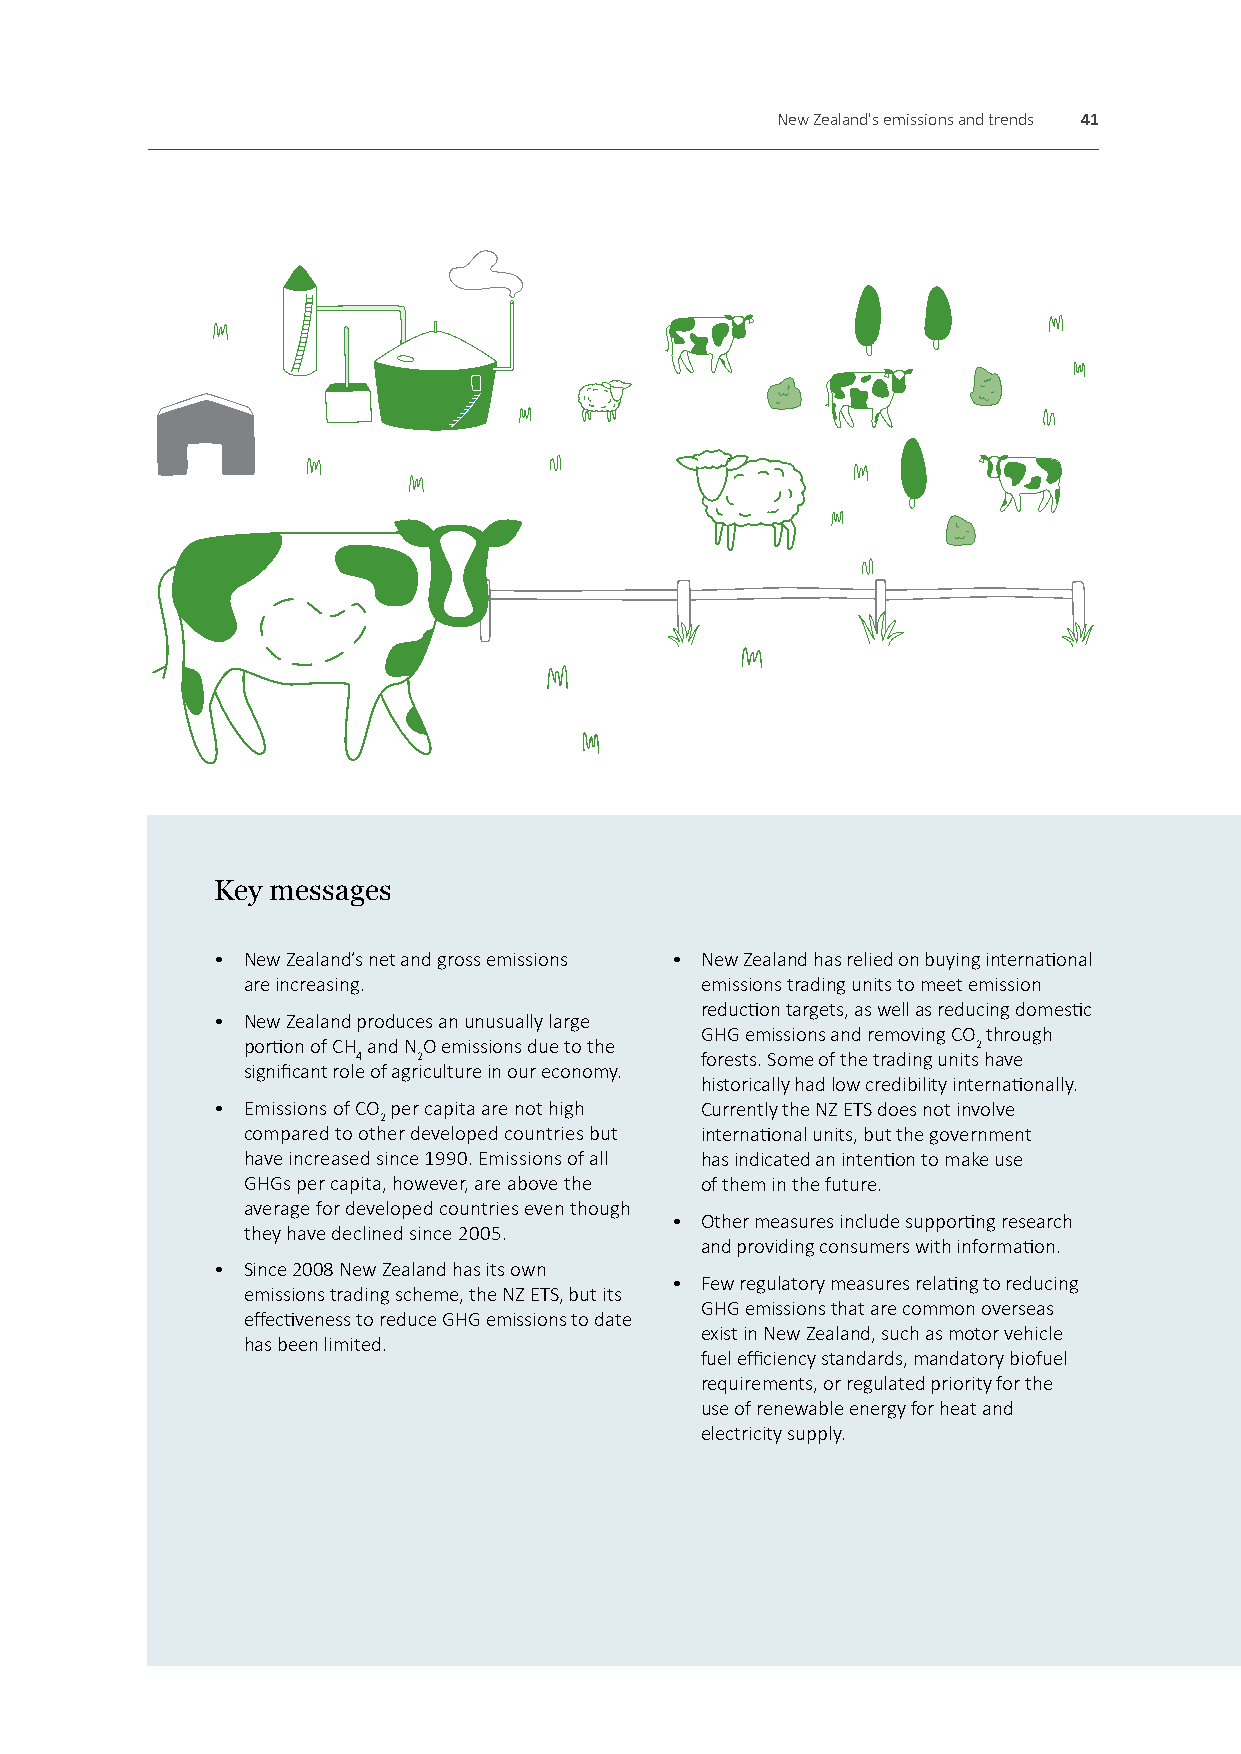
New Zealand's emissions and trends 41
 Key messages
 • New Zealand’s net and gross emissions • New Zealand has relied on buying international
 are increasing.               emissions trading units to meet emission
 reduction targets, as well as reducing domestic
 • New Zealand produces an unusually large
 GHG emissions and removing CO through
 portion of CH and NO emissions due to the        2
 4   2                 forests. Some of the trading units have
 significant role of agriculture in our economy.
 historically had low credibility internationally.
 • Emissions of CO per capita are not high Currently the NZ ETS does not involve
 2
 compared to other developed countries but international units, but the government
 have increased since 1990. Emissions of all has indicated an intention to make use
 GHGs per capita, however, are above the of them in the future.
 average for developed countries even though
 • Other measures include supporting research
 they have declined since 2005.
 and providing consumers with information.
 • Since 2008 New Zealand has its own
 • Few regulatory measures relating to reducing
 emissions trading scheme, the NZ ETS, but its
 GHG emissions that are common overseas
 effectiveness to reduce GHG emissions to date
 exist in New Zealand, such as motor vehicle
 has been limited.
 fuel efficiency standards, mandatory biofuel
 requirements, or regulated priority for the
 use of renewable energy for heat and
 electricity supply.